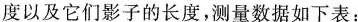
度以及它们影子的长度，测量数据如下表：